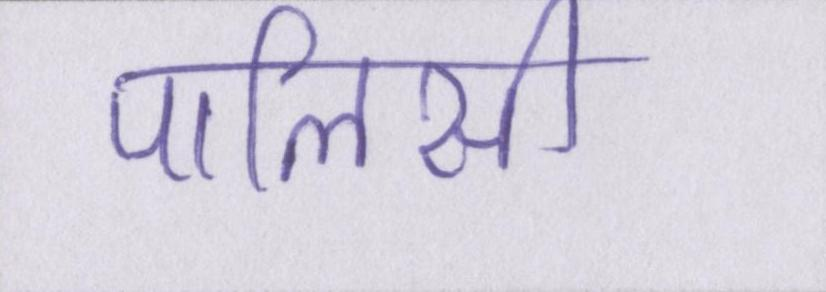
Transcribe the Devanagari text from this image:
पालिसी